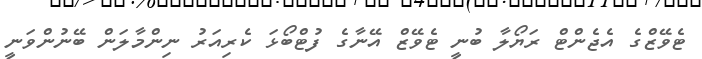
ޓެވޭޒްގެ އެޖެންޓް ރަޔޯލާ ބުނީ ޓެވޭޒް އޭނާގެ ފުޓްބޯޅަ ކެރިއަރު ނިންމާލަން ބޭނުންވަނީ